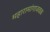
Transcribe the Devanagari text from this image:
महारामांगाजवळ